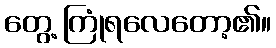
တွေ့ ကြုံရလေတော့၏။